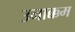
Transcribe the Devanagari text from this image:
उनाक्कम